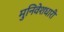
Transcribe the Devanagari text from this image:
मुनिवेशधारी